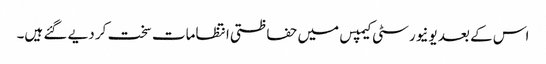
اس کے بعد یونیورسٹی کیمپس میں حفاظتی انتظامات سخت کر دیے گئے ہیں۔